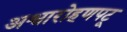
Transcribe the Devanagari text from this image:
अश्वारोहणपटू